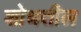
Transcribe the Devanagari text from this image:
शोधतील